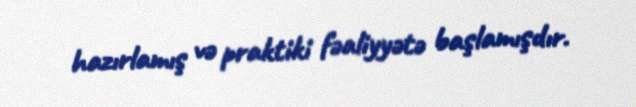
hazırlamış və praktiki fəaliyyətə başlamışdır.